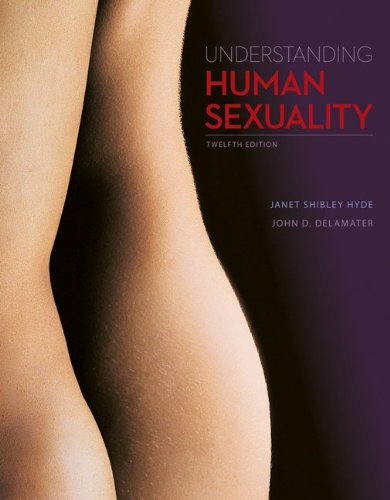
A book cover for Understanding Human Sexuality; Janet Hyde; Medical Books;